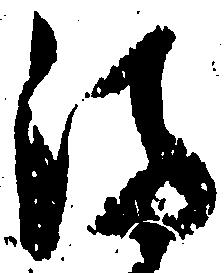
満